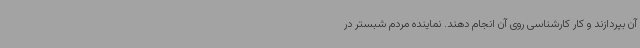
آن بپردازند و کار کارشناسی روی آن انجام دهند. نماینده مردم شبستر در